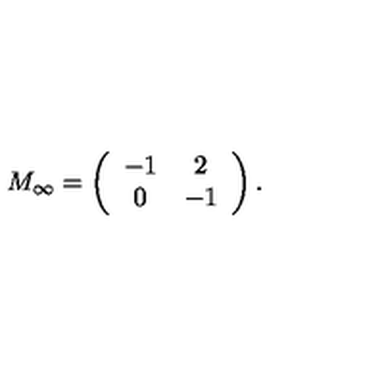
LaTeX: M _ { \infty } = \left( \begin{array} { c c } { - 1 } & { 2 } \\ { 0 } & { - 1 } \\ \end{array} \right) .